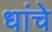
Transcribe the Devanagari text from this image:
धांचे